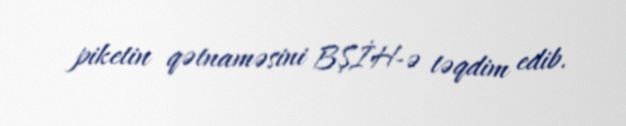
piketin qətnaməsini BŞİH-ə təqdim edib.